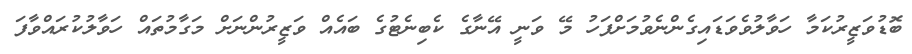
ބޮޑުވަޒީރުކަމާ ހަވާލުވެވަޑައިގެންނެވުމަށްފަހު މޭ ވަނީ އޭނާގެ ކެބިނެޓުގެ ބައެއް ވަޒީރުންނަށް މަގާމުތައް ހަވާލުކުރައްވާފަ